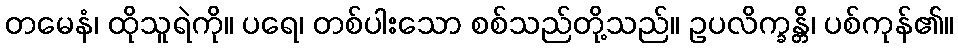
တမေနံ၊ ထိုသူရဲကို။ ပရေ၊ တစ်ပါးသော စစ်သည်တို့သည်။ ဥပလိက္ခန္တိ၊ ပစ်ကုန်၏။